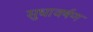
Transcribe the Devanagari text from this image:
सुधावर्षण